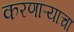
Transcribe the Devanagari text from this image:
करणाऱ्याचा